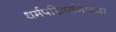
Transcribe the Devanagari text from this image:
धर्मपरिवर्तनाच्या